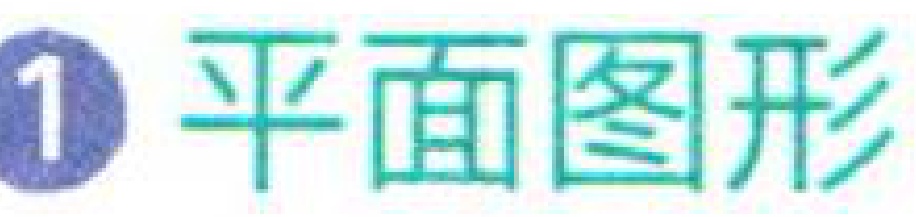
\textcircled{1} 平面图形